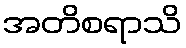
အတိစရာသိ